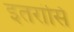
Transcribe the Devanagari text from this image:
इतरांसि